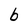
Character: b